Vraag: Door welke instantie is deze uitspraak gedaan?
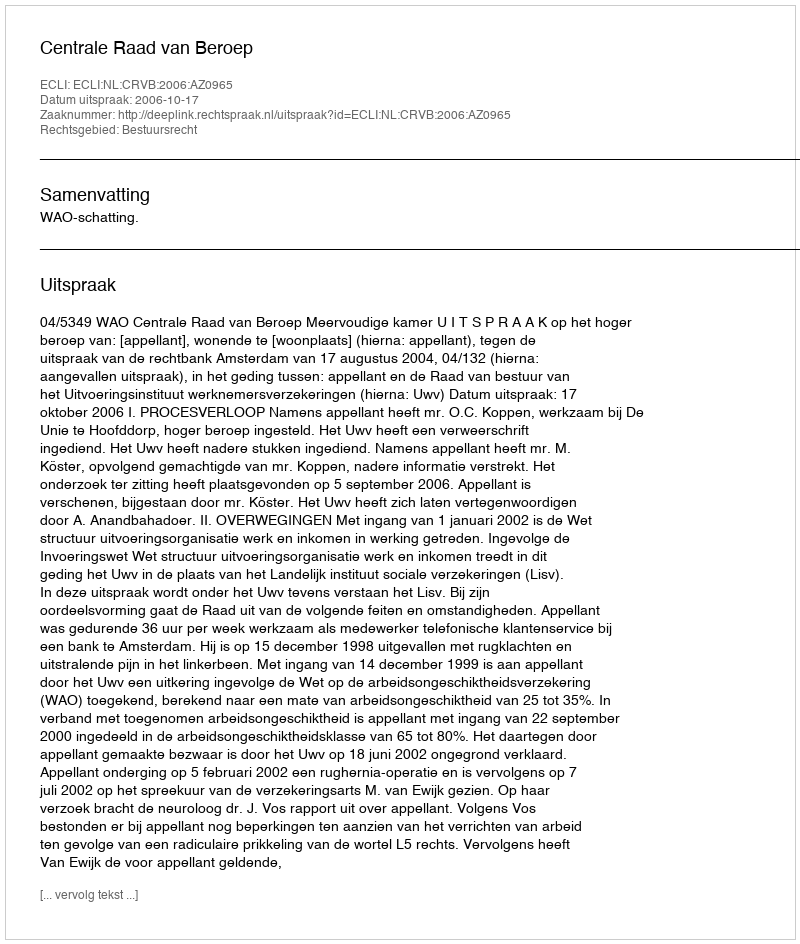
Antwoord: Centrale Raad van Beroep